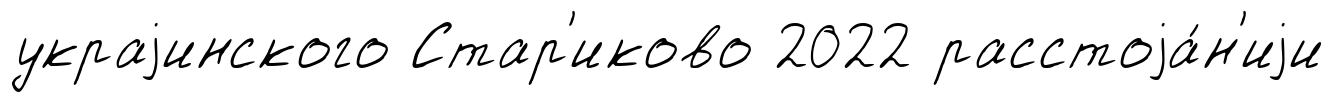
украjинского Стар'иково 2022 расстоjа́н'иjи